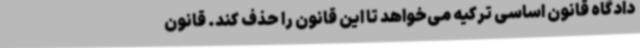
دادگاه قانون اساسی ترکیه می‌خواهد تا این قانون را حذف کند. قانون